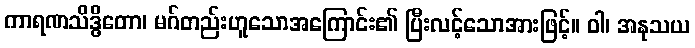
ကာရဏသိဒ္ဓိတော၊ မဂ်တည်းဟူသောအကြောင်း၏ ပြီးလင့်သောအားဖြင့်။ ဝါ၊ အနုသယ